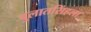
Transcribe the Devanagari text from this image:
बुलातसिंहला